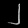
Digit: ၂